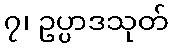
၇၊ ဥပ္ပာဒသုတ်